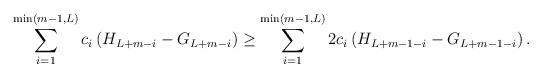
LaTeX: \begin{align*} \sum_{i=1}^{\min(m-1, L)}c_{i}\left( H_{L+m-i}-G_{L+m-i} \right) \geq \sum_{i=1}^{\min(m-1, L)} 2c_{i}\left(H_{L+m-1-i}-G_{L+m-1-i} \right).\end{align*}